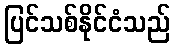
ပြင်သစ်နိုင်ငံသည်